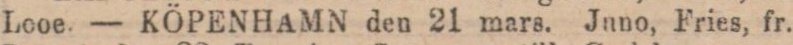
Looe. — KÖPENHAMN den 21 mars. Juno, Fries, fr.